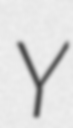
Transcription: Y